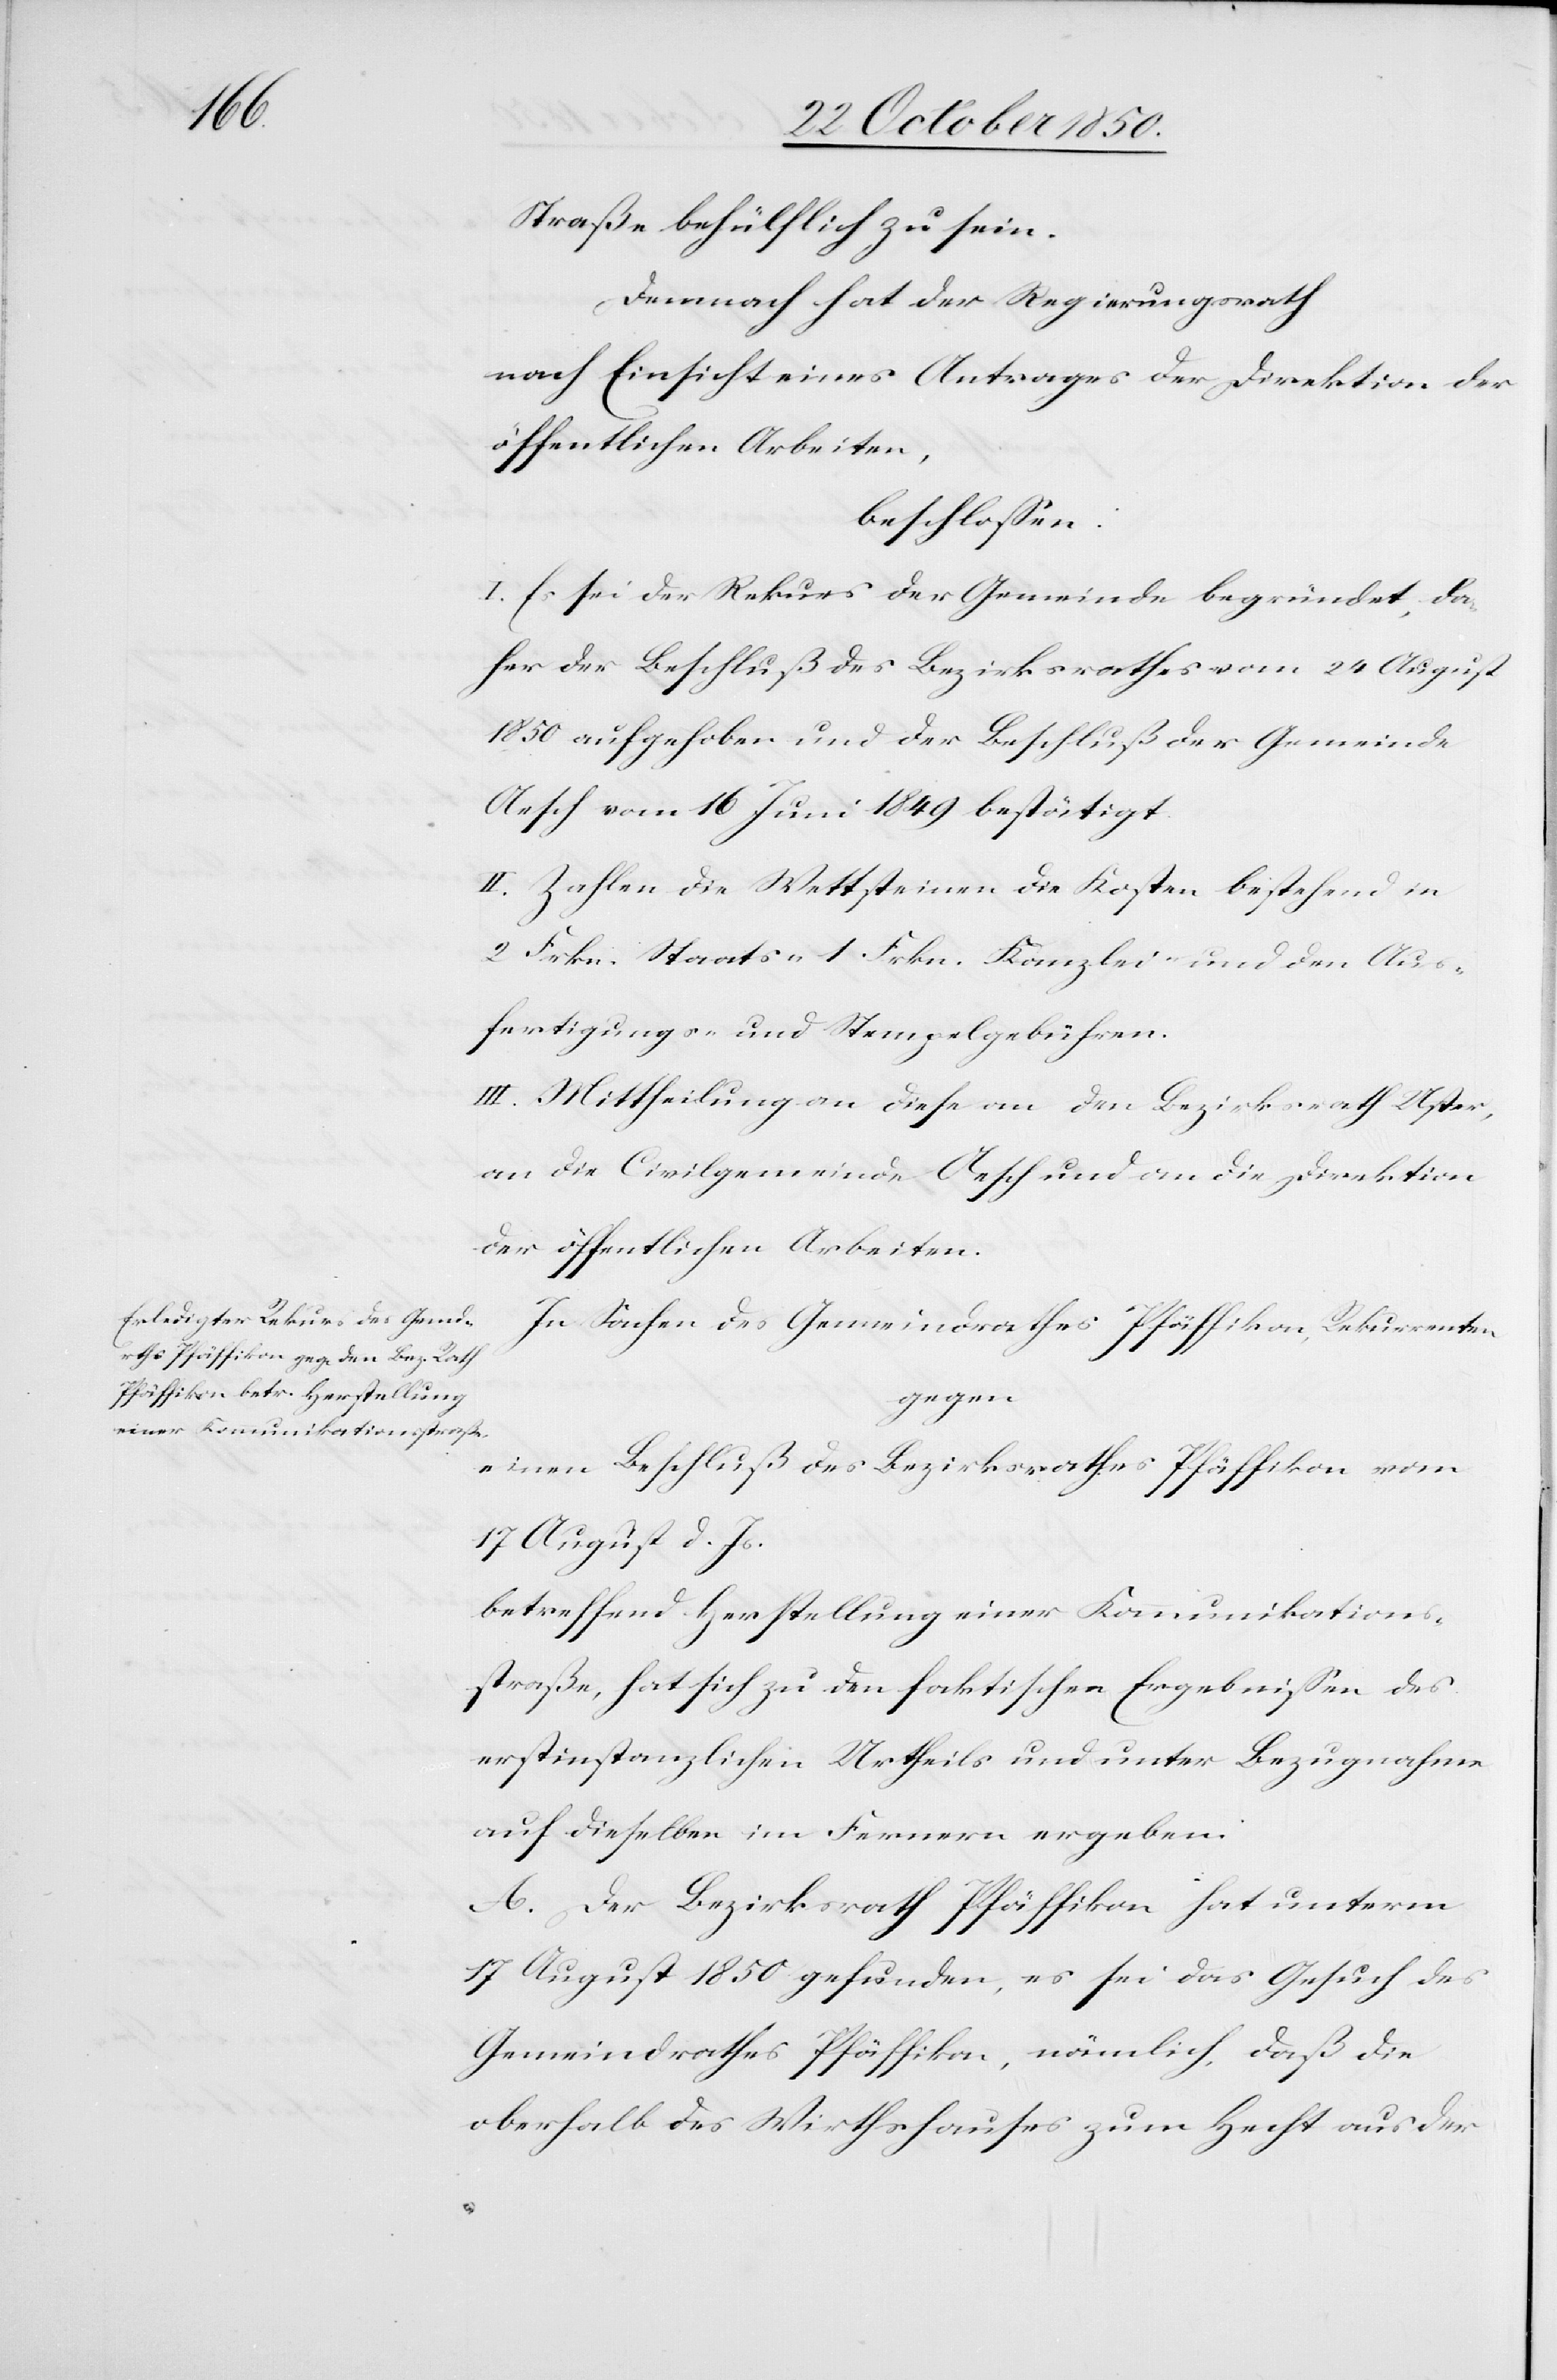
Straße behülflich zu sein.
Demnach hat der Regierungsrath
nach Einsicht eines Antrages der Direktion der
öffentlichen Arbeiten,
beschlossen:
I. Es sei der Rekurs der Gemeinde begründet, da¬
her der Beschluß des Bezirksrathes vom 24 August
1850 aufgehoben und der Beschluß der Gemeinde
Aesch vom 16 Juni 1849 bestätigt.
II. Zahlen die Wettsteinen die Kosten bestehend in
2 Frkn. Staats-[,] 1 Frkn. Kanzlei- und den Aus¬
fertigungs- und Stempelgebühren.
III. Mittheilung an diese[,] an den Bezirksrath Uster,
an die Civilgemeinde Aesch und an die Direktion
der öffentlichen Arbeiten.
In Sachen des Gemeindrathes Pfäffikon, Rekurrenten
gegen
einen Beschluß des Bezirksrathes Pfäffikon vom
17 August d. Js.
betreffend Herstellung einer Kommunikations¬
straße, hat sich zu den faktischen Ergebnissen des
erstinstanzlichen Urtheils und unter Bezugnahme
auf dieselben im Fernern ergeben:
A. Der Bezirksrath Pfäffikon hat unterm
17 August 1850 gefunden, es sei das Gesuch des
Gemeindrathes Pfäffikon, nämlich, daß die
oberhalb des Wirthshauses zum Hecht aus der